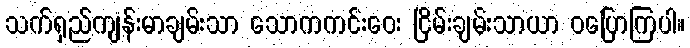
သက်ရှည်ကျန်းမာချမ်းသာ သောကကင်းဝေး ငြိမ်းချမ်းသာယာ ဝပြောကြပါ။